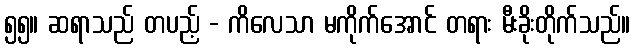
၅၅။ ဆရာသည် တပည့် - ကိလေသာ မကိုက်အောင် တရား မီးခိုးတိုက်သည်။